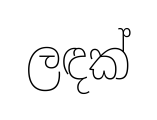
ලඳක්